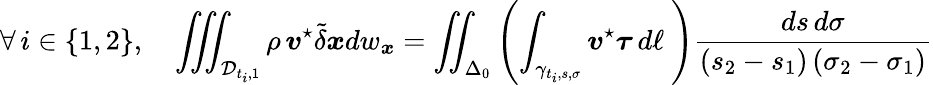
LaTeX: \forall\, i\in\{ 1,2\} ,\quad\iiint_{{\mathcal D}_{t_{i},1}}\rho\, \boldsymbol{v}^{\star}\tilde{\delta}\boldsymbol{x}dw_{\boldsymbol x}=\iint_{\Delta_{0}}\left(\int_{\gamma_{t_{i},{s},{\sigma}}}\boldsymbol{v}^{\star}\boldsymbol{\tau}\, d\ell\ \right)\frac{ds\, d\sigma}{(s_{2}-s_{1})\, (\sigma_{2}-\sigma_{1})}